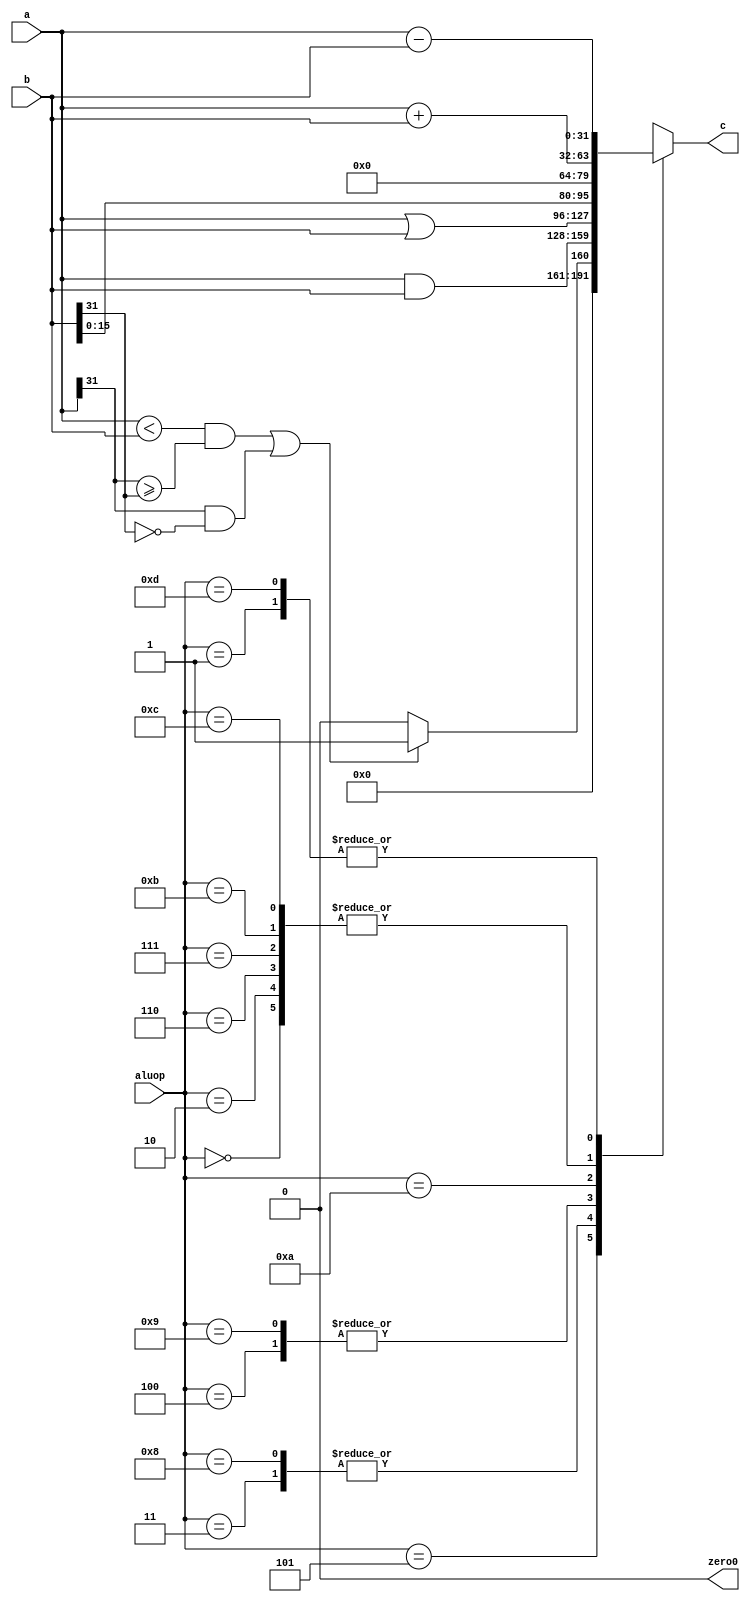
module alu(c, a, b, aluop,zero0);

	output reg [31:0] c;

	input [31:0] a;
	input [31:0] b;
	input [3:0] aluop;
	output reg zero0;
	
	assign zero0=0;

always@(*)
	begin
	case(aluop)
		4'b0000:c=a+b;
		4'b0001:c=a-b;
		4'b0010:c=a+b;
		4'b0011:c=a&b;
		4'b0100:c=a|b;
		4'b0101:c=(a<b&&a[31]>=b[31]||(a[31]&&!b[31]))?1:0;
		4'b0110:c=a+b;
		4'b0111:c=a+b;
		4'b1000:c=a&b;
		4'b1001:c=a|b;
		4'b1010:c=b<<16;
		4'b1011:c=a+b;
		4'b1100:c=a+b;
		4'b1101:
			begin
			c=a-b;
			zero0=(c==0)?1:0;
			end		
		default:c=32'hxxxxxxxx;
	endcase
	end
endmodule